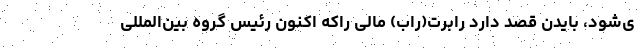
ی‌شود، بایدن قصد دارد رابرت(راب) مالی راکه اکنون رئیس گروه بین‌المللی